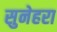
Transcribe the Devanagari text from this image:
सुनेहरा